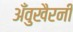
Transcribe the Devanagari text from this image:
अँवुखैरनी